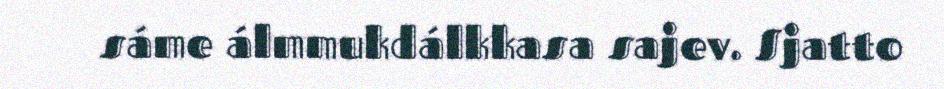
sáme álmmukdálkkasa sajev. Sjatto